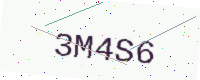
Text: 3M4S6